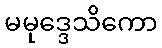
မမုဒ္ဒေသိကော